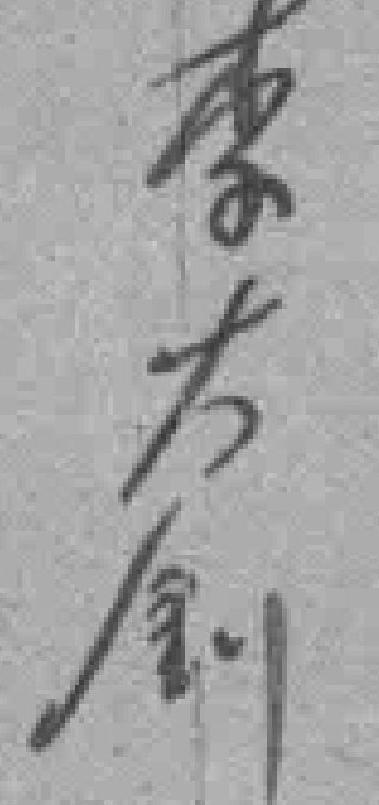
李大創